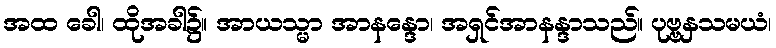
အထ ခေါ၊ ထိုအခါ၌။ အာယသ္မာ အာနန္ဒော၊ အရှင်အာနန္ဒာသည်။ ပုဗ္ဗနှသမယံ၊